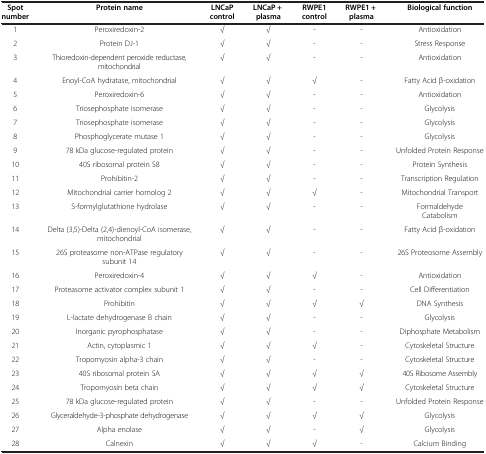
<table><thead><tr><td><b>Spot number</b></td><td><b>Protein name</b></td><td><b>LNCaP control</b></td><td><b>LNCaP + plasma</b></td><td><b>RWPE1 control</b></td><td><b>RWPE1 + plasma</b></td><td><b>Biological function</b></td></tr></thead><tbody><tr><td>1</td><td>Peroxiredoxin-2</td><td>√</td><td>√</td><td>-</td><td>-</td><td>Antioxidation</td></tr><tr><td>2</td><td>Protein DJ-1</td><td>√</td><td>√</td><td>-</td><td>-</td><td>Stress Response</td></tr><tr><td>3</td><td>Thioredoxin-dependent peroxide reductase, mitochondrial</td><td>√</td><td>√</td><td>-</td><td>-</td><td>Antioxidation</td></tr><tr><td>4</td><td>Enoyl-CoA hydratase, mitochondrial</td><td>√</td><td>√</td><td>√</td><td>-</td><td>Fatty Acid β-oxidation</td></tr><tr><td>5</td><td>Peroxiredoxin-6</td><td>√</td><td>√</td><td>-</td><td>-</td><td>Antioxidation</td></tr><tr><td>6</td><td>Triosephosphate isomerase</td><td>√</td><td>√</td><td>-</td><td>-</td><td>Glycolysis</td></tr><tr><td>7</td><td>Triosephosphate isomerase</td><td>√</td><td>√</td><td>-</td><td>-</td><td>Glycolysis</td></tr><tr><td>8</td><td>Phosphoglycerate mutase 1</td><td>√</td><td>√</td><td>-</td><td>-</td><td>Glycolysis</td></tr><tr><td>9</td><td>78 kDa glucose-regulated protein</td><td>√</td><td>√</td><td>-</td><td>-</td><td>Unfolded Protein Response</td></tr><tr><td>10</td><td>40S ribosomal protein S8</td><td>√</td><td>√</td><td>-</td><td>-</td><td>Protein Synthesis</td></tr><tr><td>11</td><td>Prohibitin-2</td><td>√</td><td>√</td><td>-</td><td>-</td><td>Transcription Regulation</td></tr><tr><td>12</td><td>Mitochondrial carrier homolog 2</td><td>√</td><td>√</td><td>√</td><td>-</td><td>Mitochondrial Transport</td></tr><tr><td>13</td><td>S-formylglutathione hydrolase</td><td>√</td><td>√</td><td>-</td><td>-</td><td>Formaldehyde Catabolism</td></tr><tr><td>14</td><td>Delta (3,5)-Delta (2,4)-dienoyl-CoA isomerase, mitochondrial</td><td>√</td><td>√</td><td>-</td><td>-</td><td>Fatty Acid β-oxidation</td></tr><tr><td>15</td><td>26S proteasome non-ATPase regulatory subunit 14</td><td>√</td><td>√</td><td>-</td><td>-</td><td>26S Proteosome Assembly</td></tr><tr><td>16</td><td>Peroxiredoxin-4</td><td>√</td><td>√</td><td>√</td><td>-</td><td>Antioxidation</td></tr><tr><td>17</td><td>Proteasome activator complex subunit 1</td><td>√</td><td>√</td><td>-</td><td>-</td><td>Cell Differentiation</td></tr><tr><td>18</td><td>Prohibitin</td><td>√</td><td>√</td><td>√</td><td>√</td><td>DNA Synthesis</td></tr><tr><td>19</td><td>L-lactate dehydrogenase B chain</td><td>√</td><td>√</td><td>-</td><td>-</td><td>Glycolysis</td></tr><tr><td>20</td><td>Inorganic pyrophosphatase</td><td>√</td><td>√</td><td>-</td><td>-</td><td>Diphosphate Metabolism</td></tr><tr><td>21</td><td>Actin, cytoplasmic 1</td><td>√</td><td>√</td><td>√</td><td>-</td><td>Cytoskeletal Structure</td></tr><tr><td>22</td><td>Tropomyosin alpha-3 chain</td><td>√</td><td>√</td><td>-</td><td>-</td><td>Cytoskeletal Structure</td></tr><tr><td>23</td><td>40S ribosomal protein SA</td><td>√</td><td>√</td><td>√</td><td>√</td><td>40S Ribosome Assembly</td></tr><tr><td>24</td><td>Tropomyosin beta chain</td><td>√</td><td>√</td><td>√</td><td>√</td><td>Cytoskeletal Structure</td></tr><tr><td>25</td><td>78 kDa glucose-regulated protein</td><td>√</td><td>√</td><td>-</td><td>-</td><td>Unfolded Protein Response</td></tr><tr><td>26</td><td>Glyceraldehyde-3-phosphate dehydrogenase</td><td>√</td><td>√</td><td>√</td><td>√</td><td>Glycolysis</td></tr><tr><td>27</td><td>Alpha enolase</td><td>√</td><td>√</td><td>-</td><td>√</td><td>Glycolysis</td></tr><tr><td>28</td><td>Calnexin</td><td>√</td><td>√</td><td>√</td><td>-</td><td>Calcium Binding</td></tr></tbody></table>